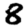
Digit: 8